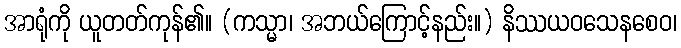
အာရုံကို ယူတတ်ကုန်၏။ (ကသ္မာ၊ အဘယ်ကြောင့်နည်း။) နိဿယဝသေနစေဝ၊